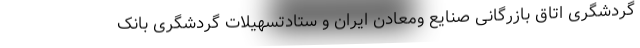
گردشگری اتاق بازرگانی صنایع ومعادن ایران و ستادتسهیلات گردشگری بانک